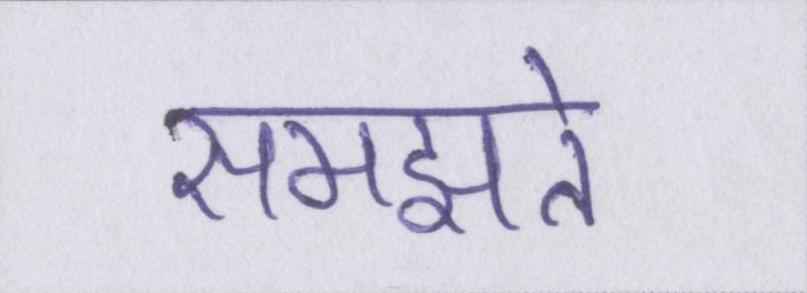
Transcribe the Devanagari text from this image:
समझते